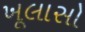
ખૂલાસો